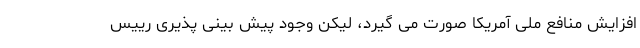
افزایش منافع ملی آمریکا صورت می گیرد، لیکن وجود پیش بینی پذیری رییس